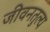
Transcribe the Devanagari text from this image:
जीवनतुल्य